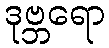
ဒုဗ္ဘရော